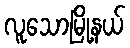
လူသောမြို့နယ်